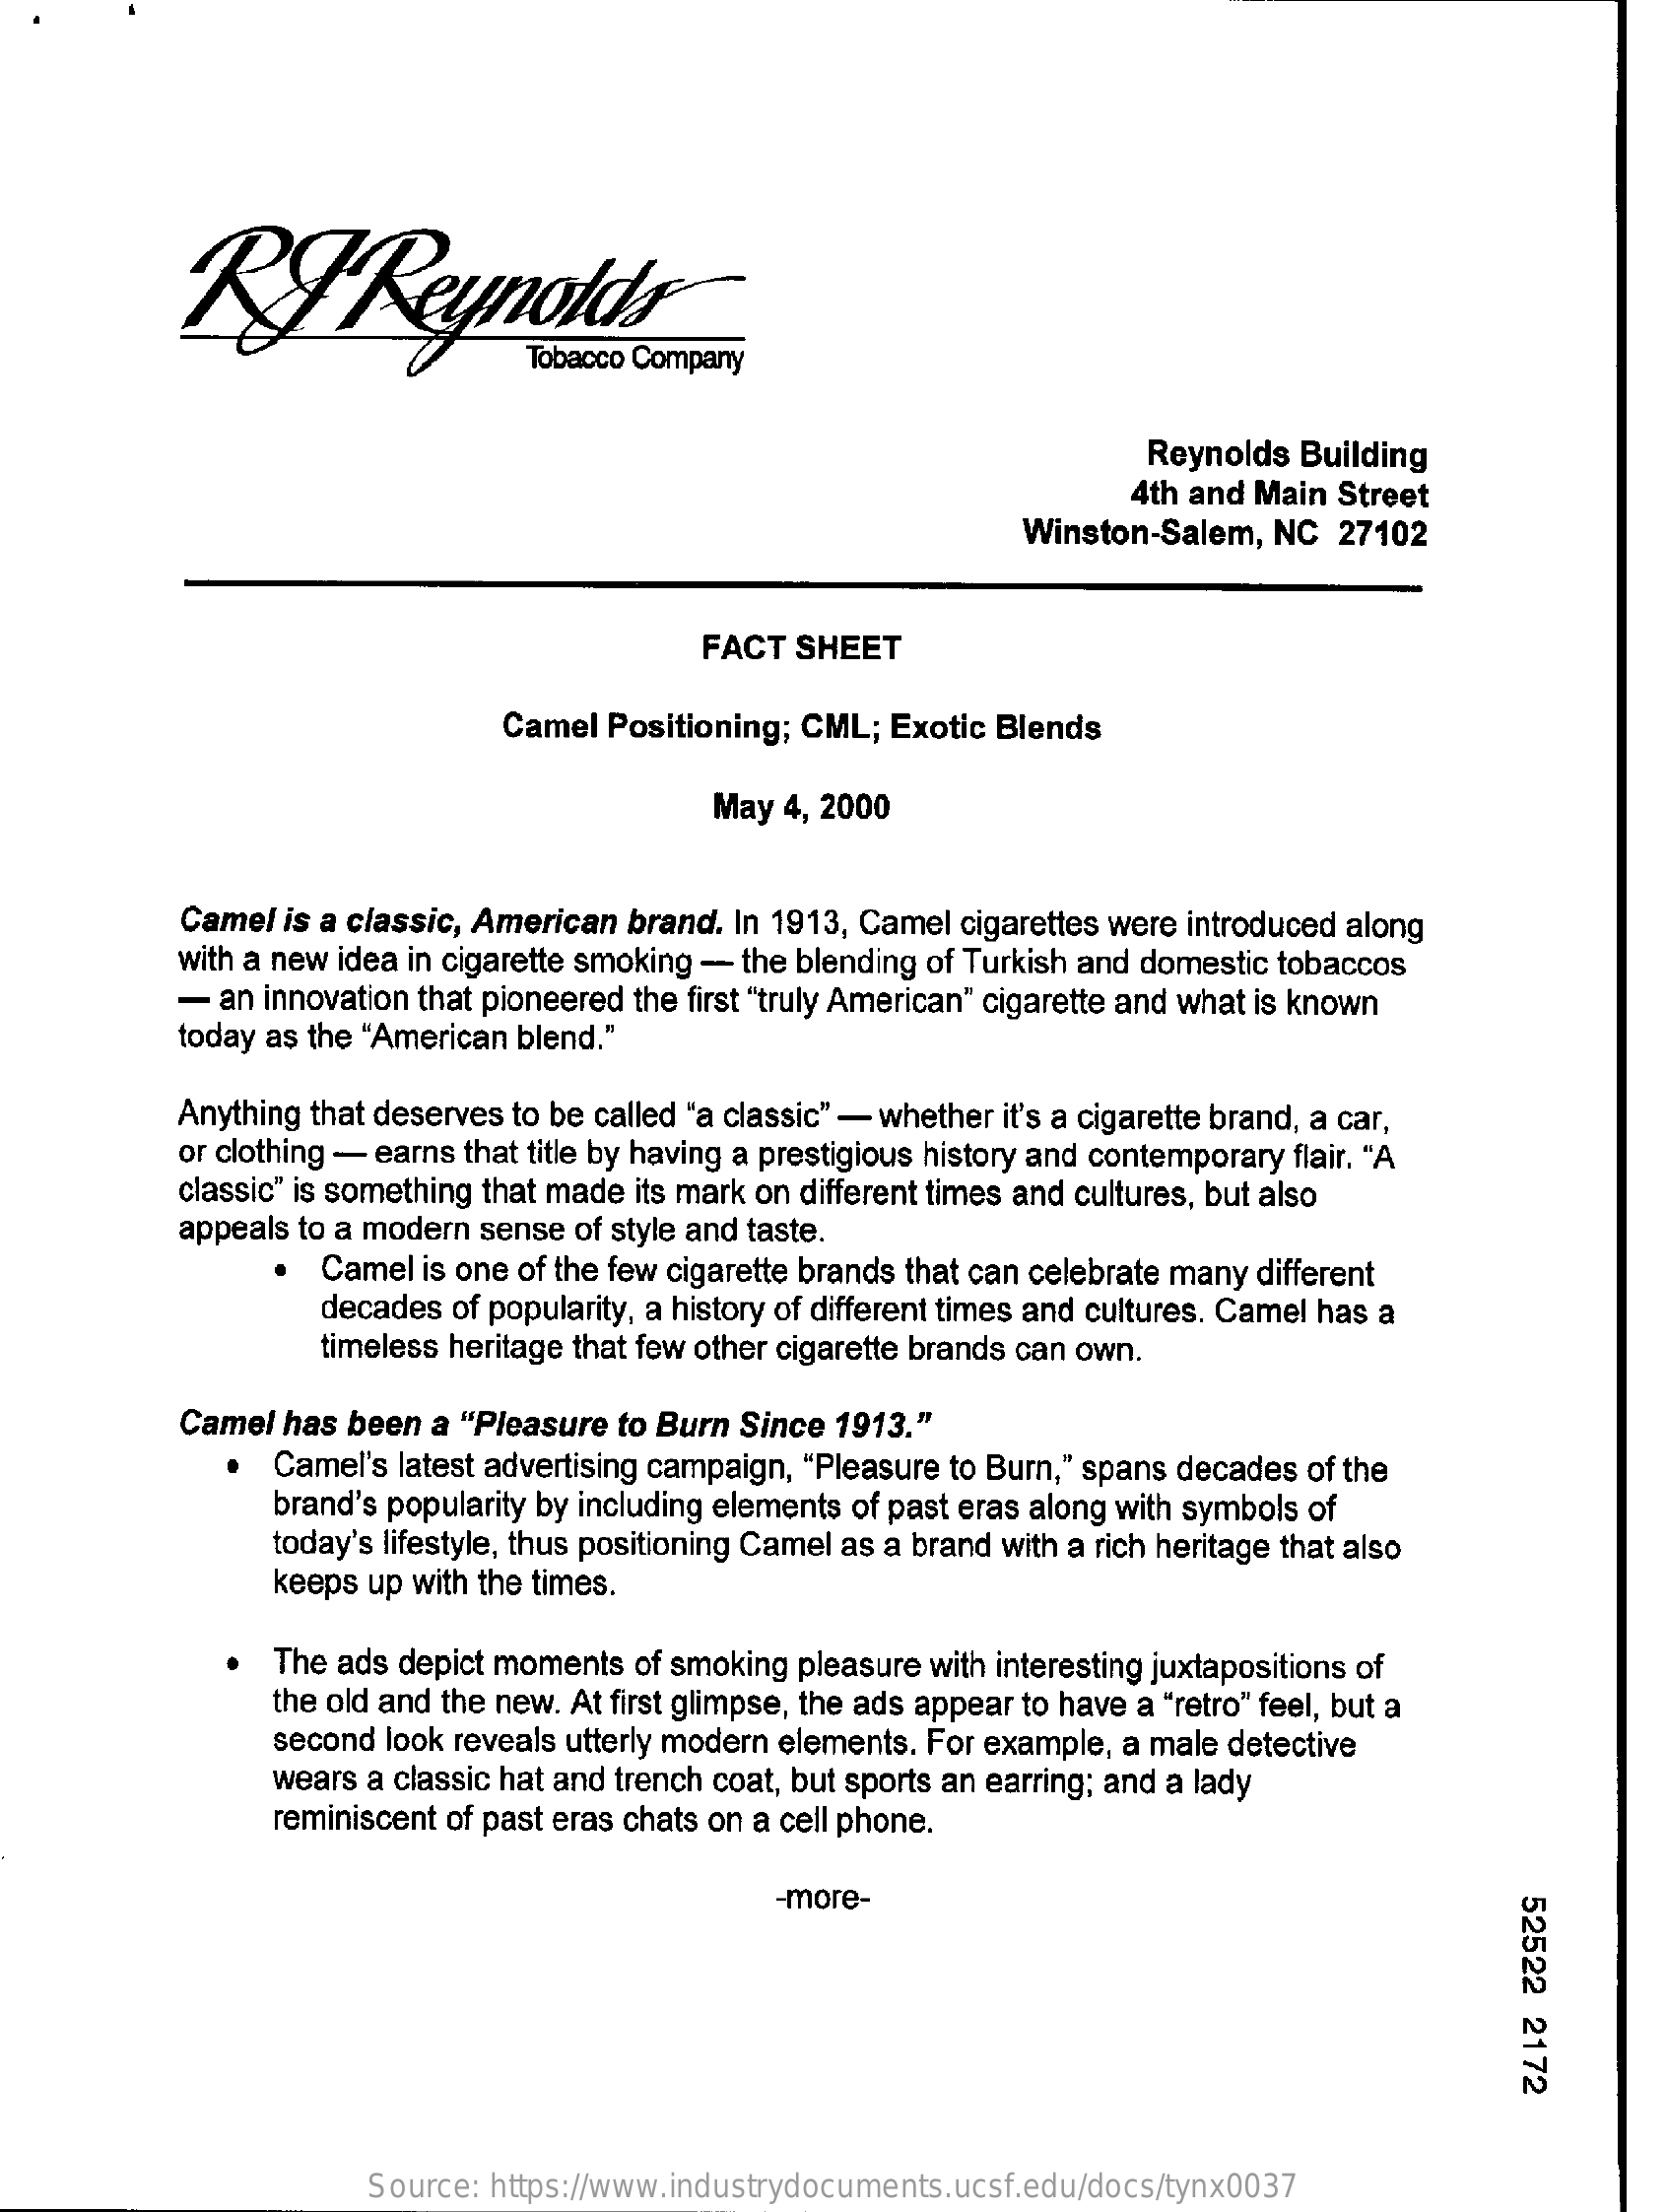
RfReynolds
     Reynolds Building
     4th and Main Street
     Winston-Salem, NC  27102
     FACT  SHEET
     Camel Positioning; CML; Exotic Blends
     May 4, 2000
     Camel is a classic, American brand. In 1913, Camel cigarettes were introduced along
     with a new idea in cigarette smoking - the blending of Turkish and domestic tobaccos
     -  an innovation that pioneered the first "truly American" cigarette and what is known
     today as the "American blend."
     Anything that deserves to be called "a classic" - whether it's a cigarette brand, a car,
     or clothing - earns that title by having a prestigious history and contemporary flair. "A
     classic" is something that made its mark on different times and cultures, but also
     appeals to a modern sense of style and taste.
     Camel is one of the few cigarette brands that can celebrate many different
     decades of popularity, a history of different times and cultures. Camel has a
     timeless heritage that few other cigarette brands can own.
     Camel has been  a "Pleasure to Burn Since 1913."
     Camel's latest advertising campaign, "Pleasure to Burn," spans decades of the
     brand's popularity by including elements of past eras along with symbols of
     today's lifestyle, thus positioning Camel as a brand with a rich heritage that also
     keeps up with the times.
     The ads depict moments of smoking pleasure with interesting juxtapositions of
     the old and the new. At first glimpse, the ads appear to have a "retro" feel, but a
     second look reveals utterly modern elements. For example, a male detective
     wears a classic hat and trench coat, but sports an earring; and a lady
     reminiscent of past eras chats on a cell phone.
     -more-
     52522
     2172
     Source: https://www.industrydocuments.ucsf.edu/docs/tynx0037